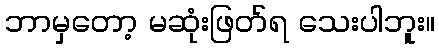
ဘာမှတော့ မဆုံးဖြတ်ရ သေးပါဘူး။